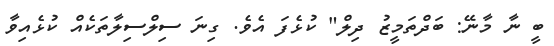
ބީ ނާ މާނޭ: ބަދްތަމީޒު ދިލް" ކުޅެފަ އެވެ. ގިނަ ސިލްސިލާތަކެއް ކުޅެއިވާ